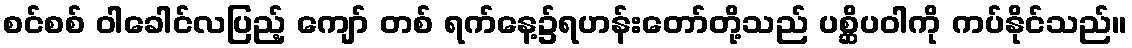
စင်စစ် ဝါခေါင်လပြည့် ကျော် တစ် ရက်နေ့၌ရဟန်းတော်တို့သည် ပစ္ဆိပဝါကို ကပ်နိုင်သည်။